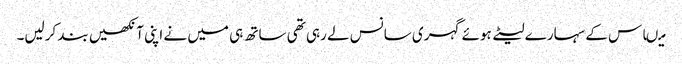
میںاس کے سہارے لیٹے ہوئے گہری سانس لے رہی تھی ساتھ ہی میں نے اپنی آنکھیں بند کرلیں۔